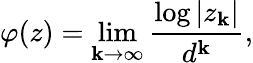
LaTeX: \varphi(z)=\operatorname*{lim}_{\mathbf{k}\to\infty}{\frac{{\log|z_{\mathbf{k}}|}}{{d^{\mathbf{k}}}}},